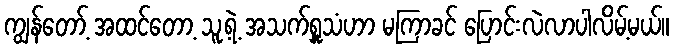
ကျွန်တော့် အထင်တော့ သူ့ရဲ့ အသက်ရှူသံဟာ မကြာခင် ပြောင်းလဲလာပါလိမ့်မယ်။